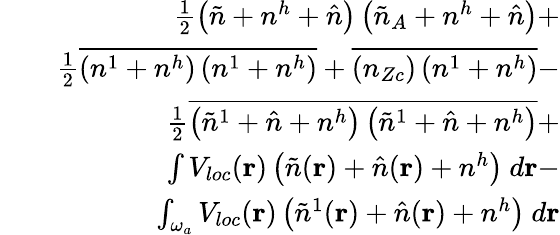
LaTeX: \begin{array}{rlr}&{}&{\frac{1}{2}\left(\tilde{n}+n^{h}+\hat{n}\right)\left(\tilde{n}_{A}+n^{h}+\hat{n}\right)+}\\ &{}&{\frac{1}{2}\overline{{\left(n^{1}+n^{h}\right)\left(n^{1}+n^{h}\right)}}+\overline{{\left(n_{Zc}\right)\left(n^{1}+n^{h}\right)}}-}\\ &{}&{\frac{1}{2}\overline{{\left(\tilde{n}^{1}+\hat{n}+n^{h}\right)\left(\tilde{n}^{1}+\hat{n}+n^{h}\right)}}+}\\ &{}&{\int V_{loc}({\mathbf r})\left(\tilde{n}({\mathbf r})+\hat{n}({\mathbf r})+n^{h}\right)~d{\mathbf r}-}\\ &{}&{\int_{\omega_{a}}V_{loc}({\mathbf r})\left(\tilde{n}^{1}({\mathbf r})+\hat{n}({\mathbf r})+n^{h}\right)~d{\mathbf r}}\end{array}